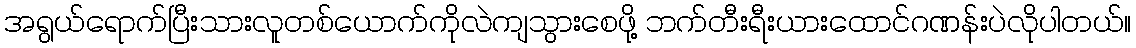
အရွယ်ရောက်ပြီးသားလူတစ်ယောက်ကိုလဲကျသွားစေဖို့ ဘက်တီးရီးယားထောင်ဂဏန်းပဲလိုပါတယ်။